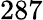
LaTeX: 287